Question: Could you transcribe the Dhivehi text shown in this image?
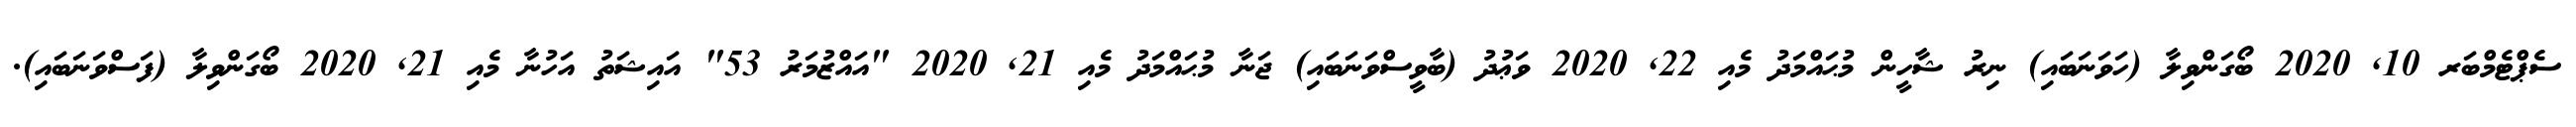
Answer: ސެޕްޓެމްބަރ 10, 2020 ބޯގަންވިލާ (ހަވަނަބައި) ނިރު ޝާހީން މުޙައްމަދު މެއި 22, 2020 ވަޢުދު (ބާވީސްވަނަބައި) ޖަނާ މުޙައްމަދު މެއި 21, 2020 "އައްޒުމަރު 53" އައިޝަތު އަހުނާ މެއި 21, 2020 ބޯގަންވިލާ (ފަސްވަނަބައި).